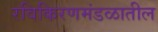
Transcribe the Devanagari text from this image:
रविकिरणमंडळातील